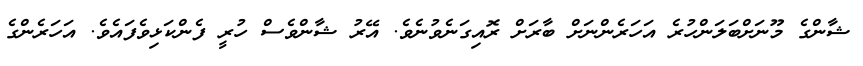
ޝާންގެ މޫނަށްބަލަންހުރެ އަހަރެންނަށް ބާރަށް ރޮއިގަނެވުނެވެ. އޭރު ޝާންވެސް ހުރީ ފެންކަޅިވެފައެވެ. އަހަރެންގެ